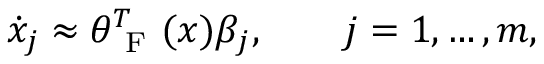
\begin{array} { r } { \dot { x } _ { j } \approx \theta _ { \mathrm { ~ F ~ } } ^ { T } ( x ) \beta _ { j } , \qquad j = 1 , \dotsc , m , } \end{array}